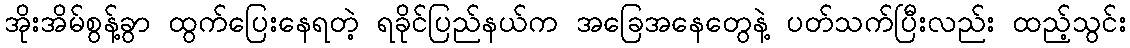
အိုးအိမ်စွန့်ခွာ ထွက်ပြေးနေရတဲ့ ရခိုင်ပြည်နယ်က အခြေအနေတွေနဲ့ ပတ်သက်ပြီးလည်း ထည့်သွင်း